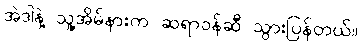
အဲဒါနဲ့ သူ့အိမ်နားက ဆရာဝန်ဆီ သွားပြန်တယ်။